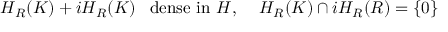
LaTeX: H _ { R } ( K ) + i H _ { R } ( K ) \, \, \, \, \, \mathrm { d e n s e ~ i n ~ } H , \quad \, H _ { R } ( K ) \cap i H _ { R } ( R ) = \left\{ 0 \right\}